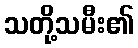
သတို့သမီး၏